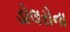
ડોલરોના